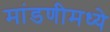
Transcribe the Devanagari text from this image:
मांडणीमध्ये